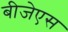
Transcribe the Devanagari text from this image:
बीजेएस